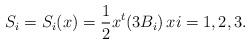
LaTeX: \begin{align*}S_i = S_i(x) = \frac{1}{2}x^t(3B_i)\,xi = 1, 2, 3.\end{align*}